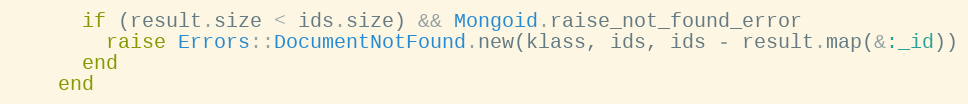
Language: Ruby
      if (result.size < ids.size) && Mongoid.raise_not_found_error
        raise Errors::DocumentNotFound.new(klass, ids, ids - result.map(&:_id))
      end
    end